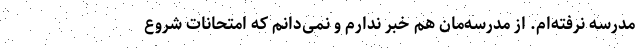
مدرسه نرفته‌ام. از مدرسه‌مان هم خبر ندارم و نمی‌دانم که امتحانات شروع